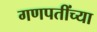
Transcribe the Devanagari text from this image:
गणपतींच्या